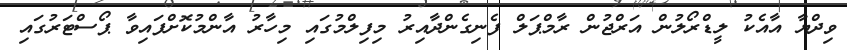
ވިދްޔާ އާއެކު ލީޑްރޯލުން އަރްޖުން ރާމްޕަލް ފެނިގެންދާއިރު މިފިލްމުގައި މިހާރު އާންމުކޮށްފައިވާ ޕޯސްޓަރުގައި